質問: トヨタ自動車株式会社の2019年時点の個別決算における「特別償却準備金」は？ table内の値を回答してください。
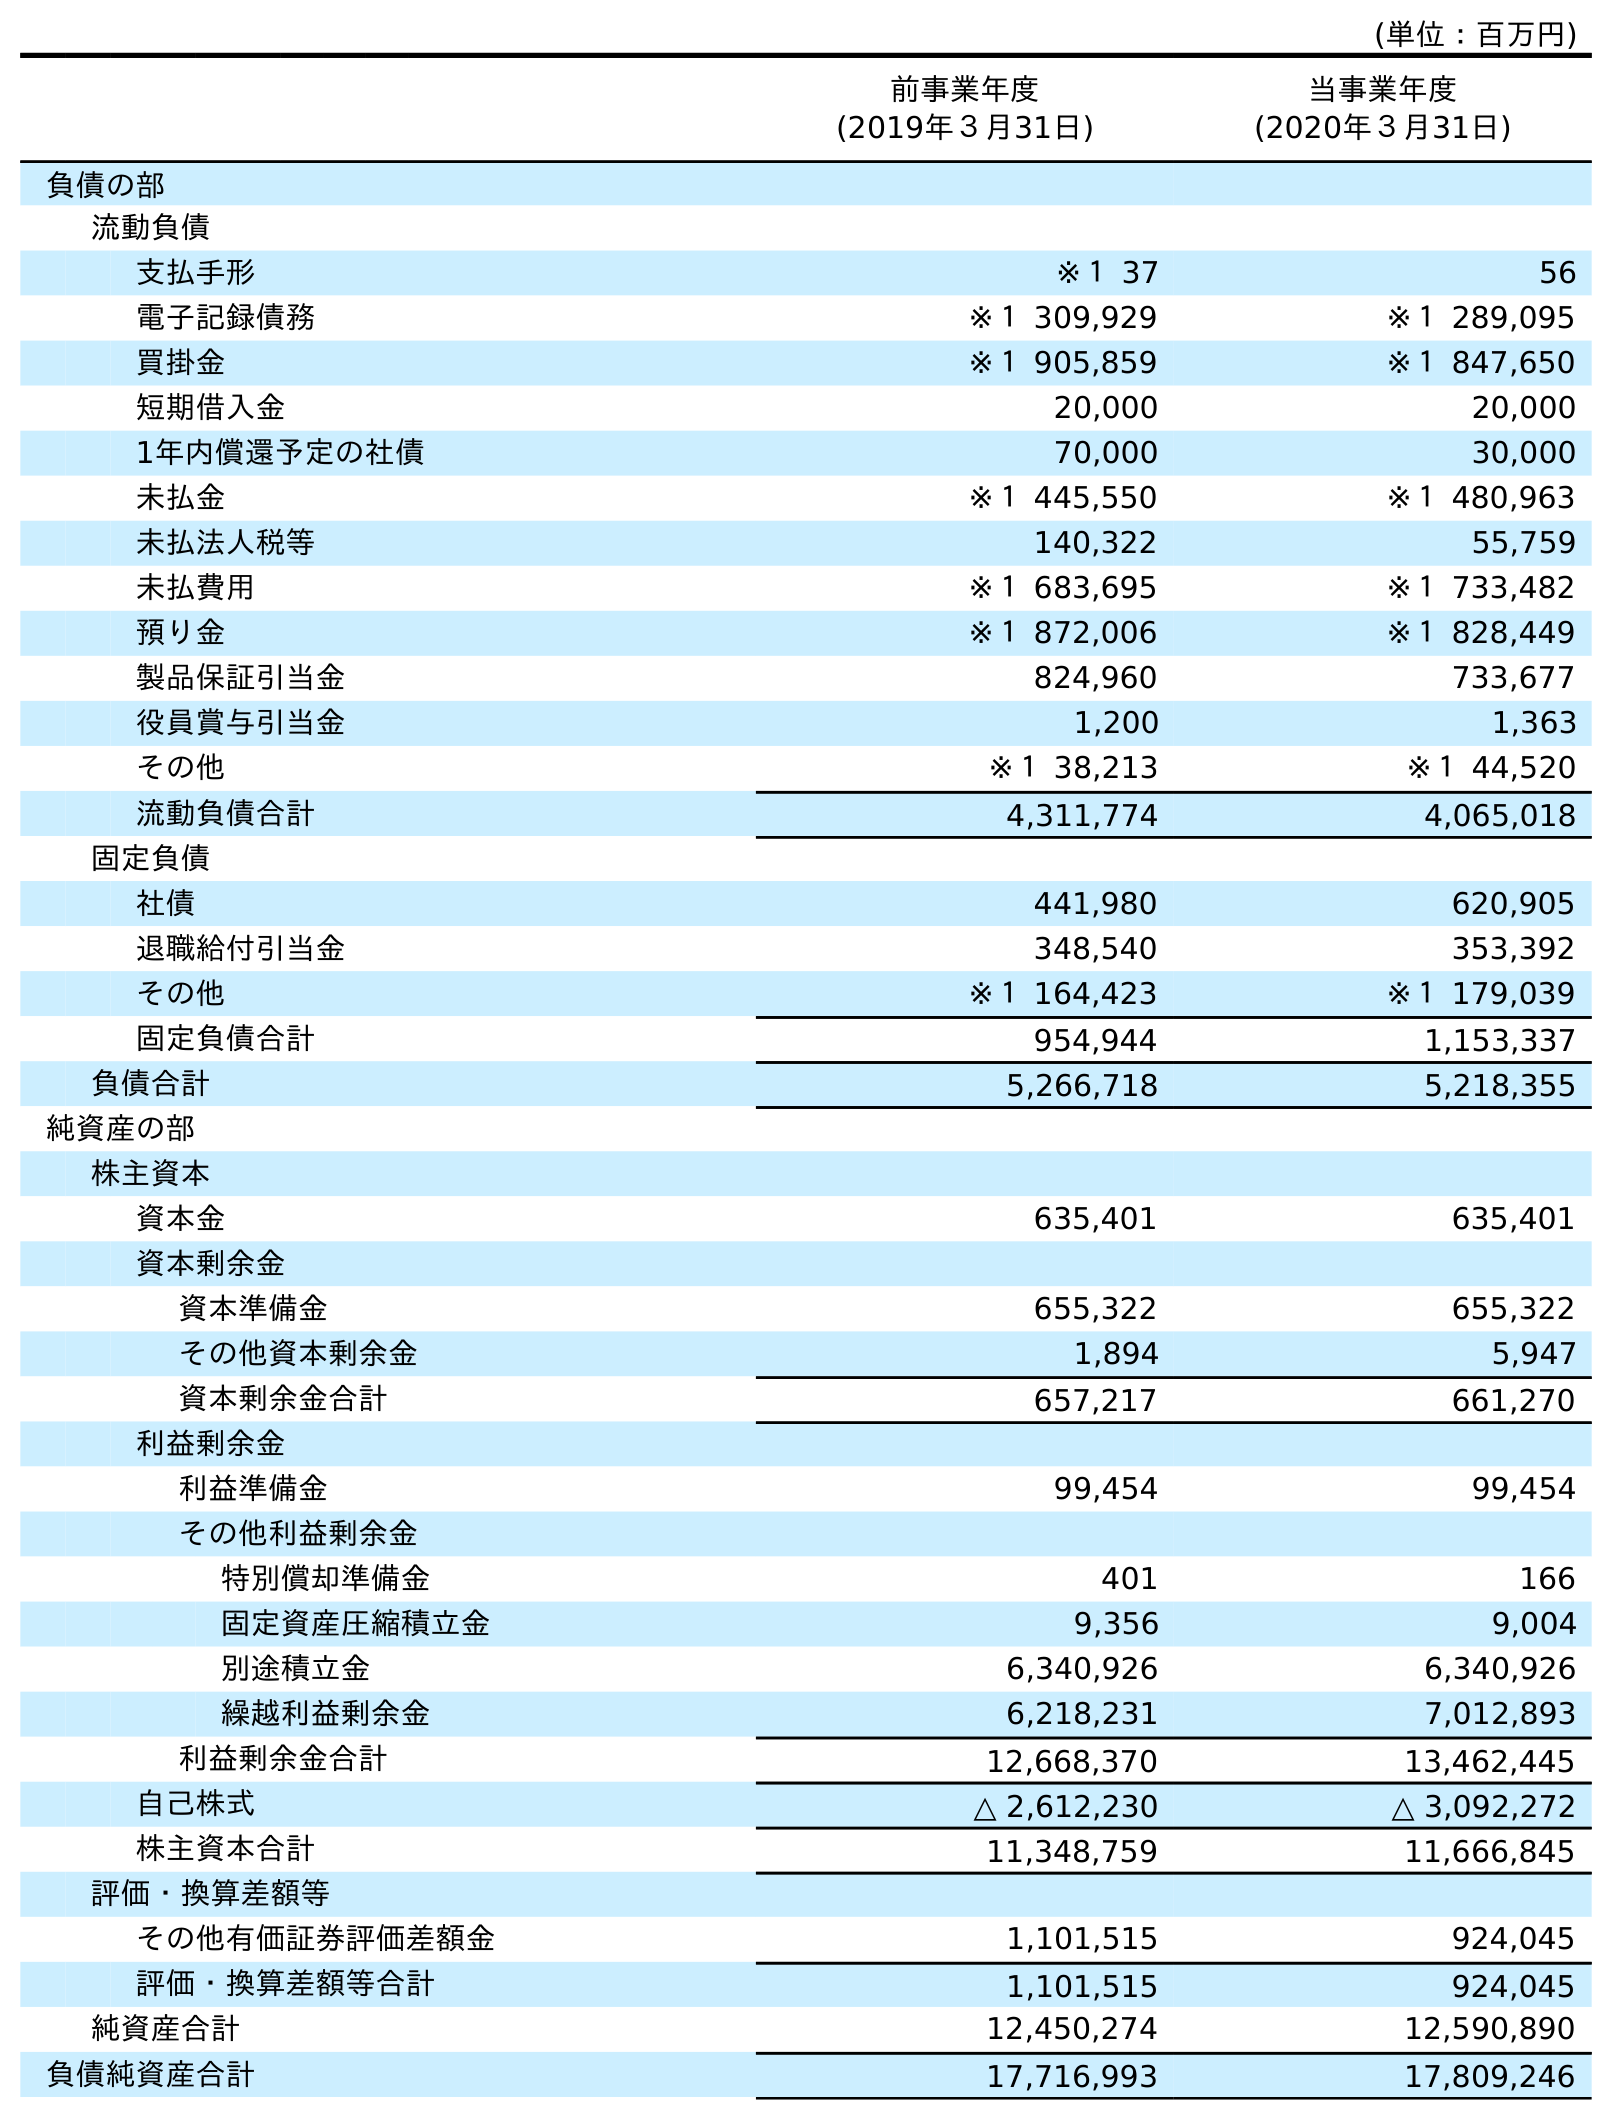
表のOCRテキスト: (単位：百万円) 前事業年度 (2019年３月31日) 当事業年度 (2020年３月31日) 負債の部 流動負債 支払手形 ※１ 37 56 電子記録債務 ※１ 309,929 ※１ 289,095 買掛金 ※１ 905,859 ※１ 847,650 短期借入金 20,000 20,000 1年内償還予定の社債 70,000 30,000 未払金 ※１ 445,550 ※１ 480,963 未払法人税等 140,322 55,759 未払費用 ※１ 683,695 ※１ 733,482 預り金 ※１ 872,006 ※１ 828,449 製品保証引当金 824,960 733,677 役員賞与引当金 1,200 1,363 その他 ※１ 38,213 ※１ 44,520 流動負債合計 4,311,774 4,065,018 固定負債 社債 441,980 620,905 退職給付引当金 348,540 353,392 その他 ※１ 164,423 ※１ 179,039 固定負債合計 954,944 1,153,337 負債合計 5,266,718 5,218,355 純資産の部 株主資本 資本金 635,401 635,401 資本剰余金 資本準備金 655,322 655,322 その他資本剰余金 1,894 5,947 資本剰余金合計 657,217 661,270 利益剰余金 利益準備金 99,454 99,454 その他利益剰余金 特別償却準備金 401 166 固定資産圧縮積立金 9,356 9,004 別途積立金 6,340,926 6,340,926 繰越利益剰余金 6,218,231 7,012,893 利益剰余金合計 12,668,370 13,462,445 自己株式 △ 2,612,230 △ 3,092,272 株主資本合計 11,348,759 11,666,845 評価・換算差額等 その他有価証券評価差額金 1,101,515 924,045 評価・換算差額等合計 1,101,515 924,045 純資産合計 12,450,274 12,590,890 負債純資産合計 17,716,993 17,809,246
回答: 401